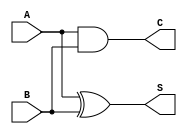
module CurrentModeHalfAdder (
    input wire A,  // Current input representing the first binary bit
    input wire B,  // Current input representing the second binary bit
    output wire S, // Current output representing the sum of A and B
    output wire C  // Current output representing the carry-out
);

// Logic for Sum (S = A XOR B)
assign S = A ^ B; // Sum is high if either A or B is high, but not both

// Logic for Carry (C = A AND B)
assign C = A & B; // Carry is high if both A and B are high

endmodule